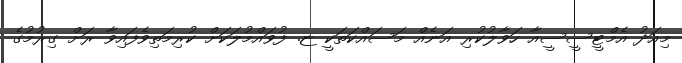
މިއަދު އެމްޓީސީސީއާ ހަވާލުކުރި އަނެއް މަސައްކަތަކީ ޏ. ފުވައްމުލަކަށް ކުރިމަތިވެފައިވާ ރަށް ގިރުމުގެ